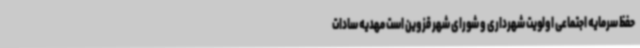
حفظ سرمایه اجتماعی اولویت شهرداری و شورای شهر قزوین است مهدیه سادات